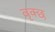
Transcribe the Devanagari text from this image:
वृक्छ